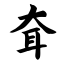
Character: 耷